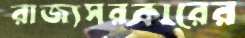
রাজ্যসরকারের